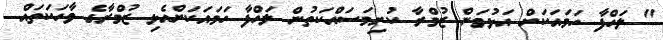
" ލަހްފާ ހަމައަކަށް އަޅުވަން ޒުމްރާ ކުރިމަސައްކަތުން ލަހްފާ ހަމައަކަށްއެޅި ޒުމްރާގެ ވާހަކަތައް